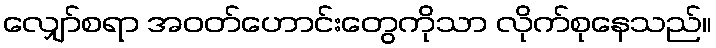
လျှော်စရာ အဝတ်ဟောင်းတွေကိုသာ လိုက်စုနေသည်။